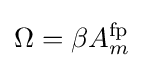
\Omega =\beta A_{m}^{\rm {fp}}